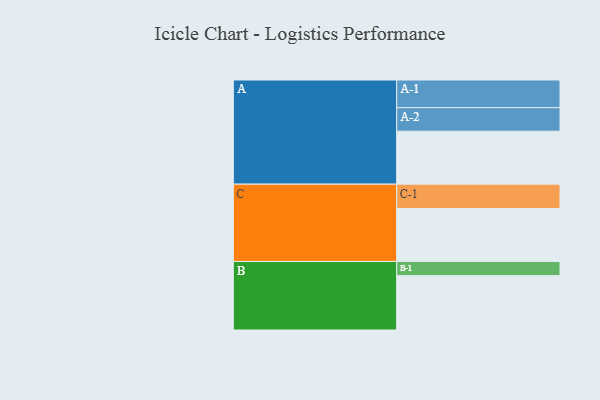
{"axis": {"x": "Segment", "y": "Value"}, "legend": ["", "A", "B", "C"], "data": [{"x": "A", "y": 571, "type": ""}, {"x": "B", "y": 586, "type": ""}, {"x": "C", "y": 571, "type": ""}, {"x": "A-1", "y": 298, "type": "A"}, {"x": "A-2", "y": 254, "type": "A"}, {"x": "B-1", "y": 153, "type": "B"}, {"x": "C-1", "y": 262, "type": "C"}]}